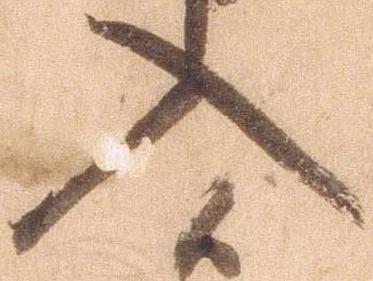
入